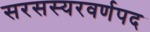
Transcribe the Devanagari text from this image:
सरसस्यरवर्णपद